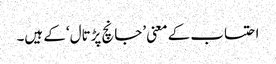
احتساب کے معنی ’جانچ پڑتال‘ کے ہیں۔